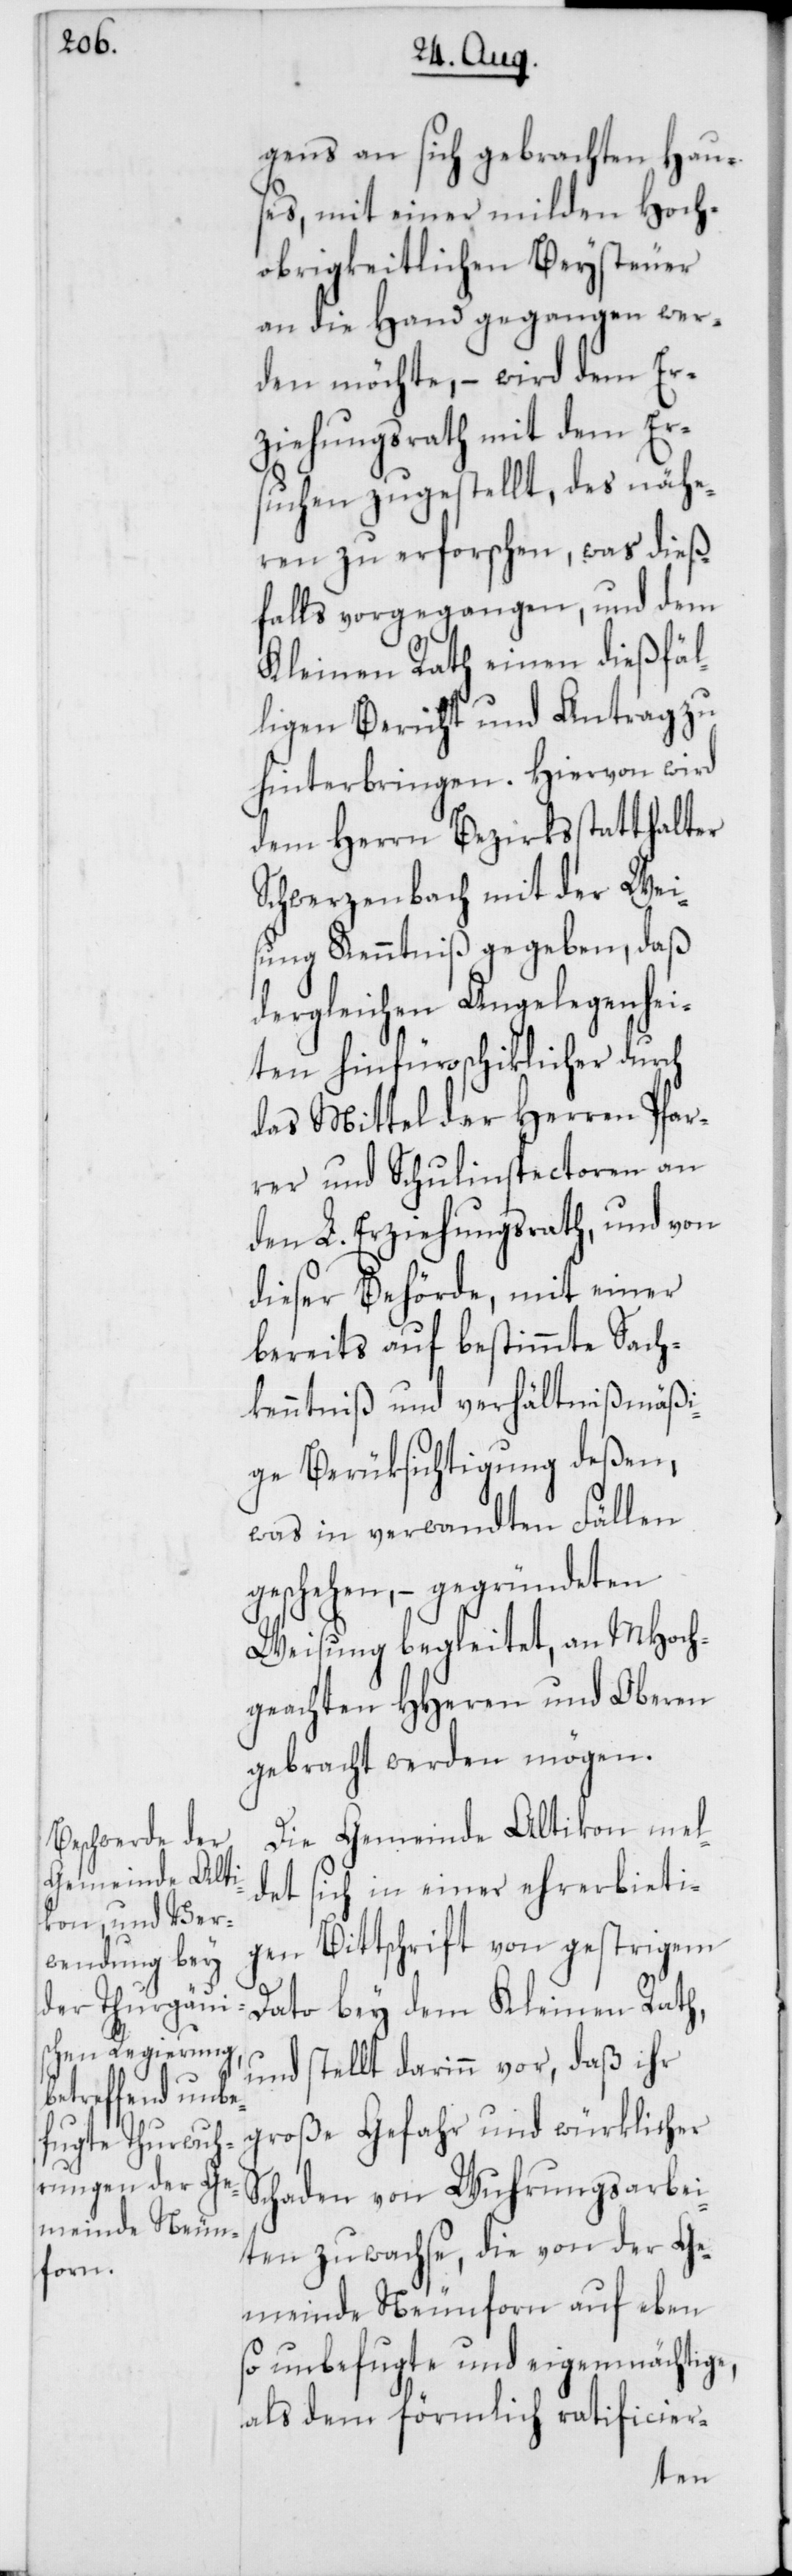
gens an sich gebrachten Hau¬
ses, mit einer milden Hoch¬
obrigkeitlichen Beysteuer
an die Hand gegangen wer¬
den möchte, – wird dem Er¬
ziehungsrath mit dem Er¬
suchen zugestellt, des nähe¬
ren zu erforschen, was dieß¬
falls vorgegangen, und dem
Kleinen Rath einen dießfäl¬
ligen Bericht und Antrag zu
hinterbringen. Hiervon wird
dem Herrn Bezirksstatthalter
Schwerzenbach mit der Wei¬
sung Kenntniß gegeben, daß
dergleichen Angelegenhei¬
ten hinfüro schiklicher durch
das Mittel der Herren Pfar¬
rer und Schulinspectoren an
den L. Erziehungsrath, und von
dieser Behörde, mit einer
bereits auf bestimmte Sach¬
kenntniß und verhältnißmäßi¬
ge Berüksichtigung deßen,
was in verwandten Fällen
geschehen, – gegründeten
Weisung begleitet, an MHoch¬
geachten HHerren und Oberen
gebracht werden mögen.
Die Gemeinde Altikon mel¬
det sich in einer ehrerbieti¬
gen Bittschrift von gestrigem
Dato bey dem Kleinen Rath,
und stellt darinn vor, daß ihr
große Gefahr und würklicher
Schaden von Wuhrungsarbei¬
ten zuwachse, die von der Ge¬
meinde Neunforn auf eben
so unbefugte und eigenmächtige,
als dem förmlich ratificier-